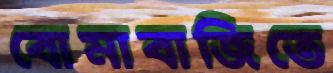
বোমাবাজিতে